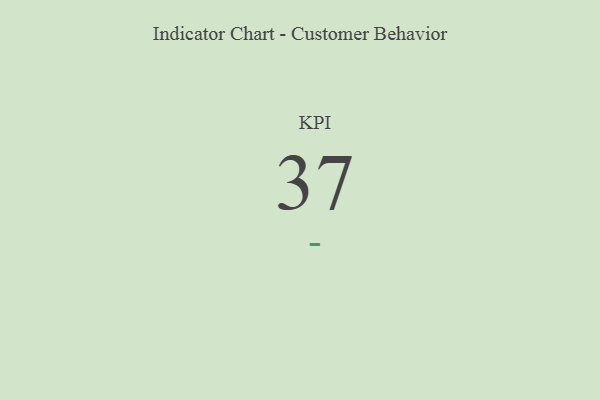
{"axis": {"x": "KPI", "y": "Value"}, "legend": [""], "data": [{"x": "KPI", "y": 37, "type": ""}]}